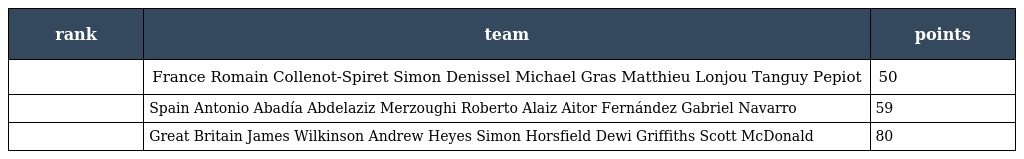
| rank | team | points |
 | --- | --- | --- |
 |  | France Romain Collenot-Spiret Simon Denissel Michael Gras Matthieu Lonjou Tanguy Pepiot | 50 |
 |  | Spain Antonio Abadía Abdelaziz Merzoughi Roberto Alaiz Aitor Fernández Gabriel Navarro | 59 |
 |  | Great Britain James Wilkinson Andrew Heyes Simon Horsfield Dewi Griffiths Scott McDonald | 80 |